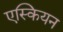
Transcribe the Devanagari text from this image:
एस्कियन